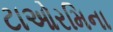
ટાઓરમિના